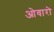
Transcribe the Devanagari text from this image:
ओवारो